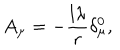
A _ { \mu } = - \frac { l \lambda } r \delta _ { \mu } ^ { 0 } ,